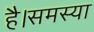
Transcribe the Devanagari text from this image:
है।समस्या